Indian journal of veterinary science and animal husbandry - Volume 6,
Year: 1936
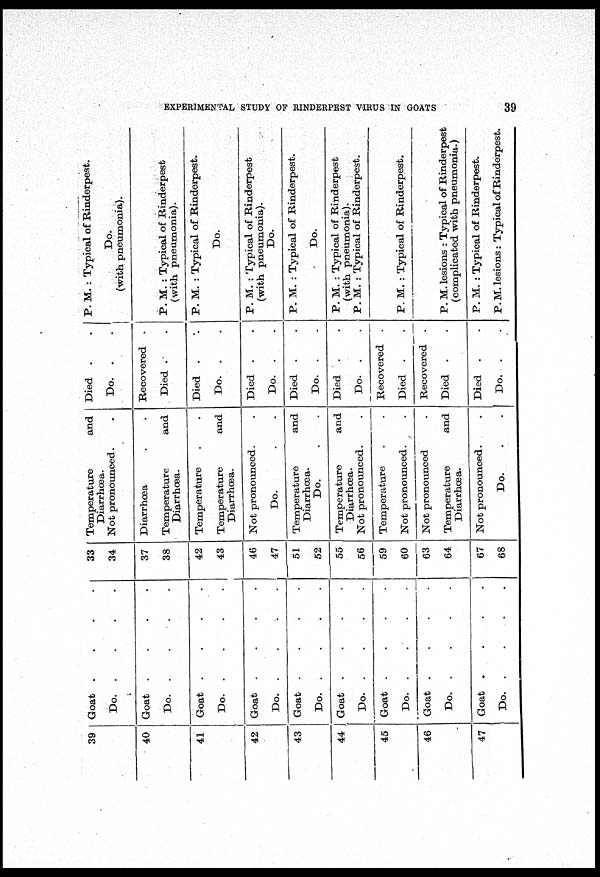
EXPERIMENTAL STUDY OF RINDERPEST VIRUS IN GOATS
39
39
40
41
42
43
44
45
46
47
Goat
.
.
.
.
Do. . . . .
Goat. . . .
Do. . . . .
Goat . . . .
Do. . . . .
Goat . . . .
Do. . . . .
Goat . . . .
Do. . . . .
Goat . . . .
Do. . . . .
Goat . . . .
Do.
.
.
.
.
Goat . . . .
Do. . . . .
Goat . . . .
Do. . . . .
33
34
37
38
42
43
46
47
51
52
55
56
59
60
63
64
67
68
Temperature and
Diarrhœa.
Not pronounced.
.
Diarrhœa . .
Temperature and
Diarrhœa.
Temperature . .
Temperature and
Diarrhœa.
Not pronounced.
Do. . .
Temperature and
Diarrhœa.
Do. . .
Temperature and
Diarrhœa.
Not pronounced. .
Temperature . .
Not pronounced. .
Not pronounced .
Temperature and
Diarrhœa.
Not pronounced.
.
Do. . .
Died . .
Do. . .
Recovered .
Died . .
Died . .
Do. . .
Died . .
Do. . .
Died . .
Do. . .
Died . .
Do. . .
Recovered .
Died . .
Recovered .
Died . .
Died . .
Do. . .
P. M. : Typical of Rinderpest.
Do.
(with pneumonia).
P. M. : Typical of Rinderpest
(with pneumonia).
P. M. : Typical of Rinderpest.
Do.
P. M. : Typical of Rinderpest
(with pneumonia).
Do.
P. M. : Typical of Rinderpest.
Do.
P. M. : Typical of Rinderpest
(with pneumonia).
P. M. : Typical of Rinderpest.
P. M. : Typical of Rinderpest.
P. M. lesions : Typical of Rinderpest
(complicated with pneumonia.)
P. M. : Typical of Rinderpest.
P.M. lesions : Typical of Rinderpest.